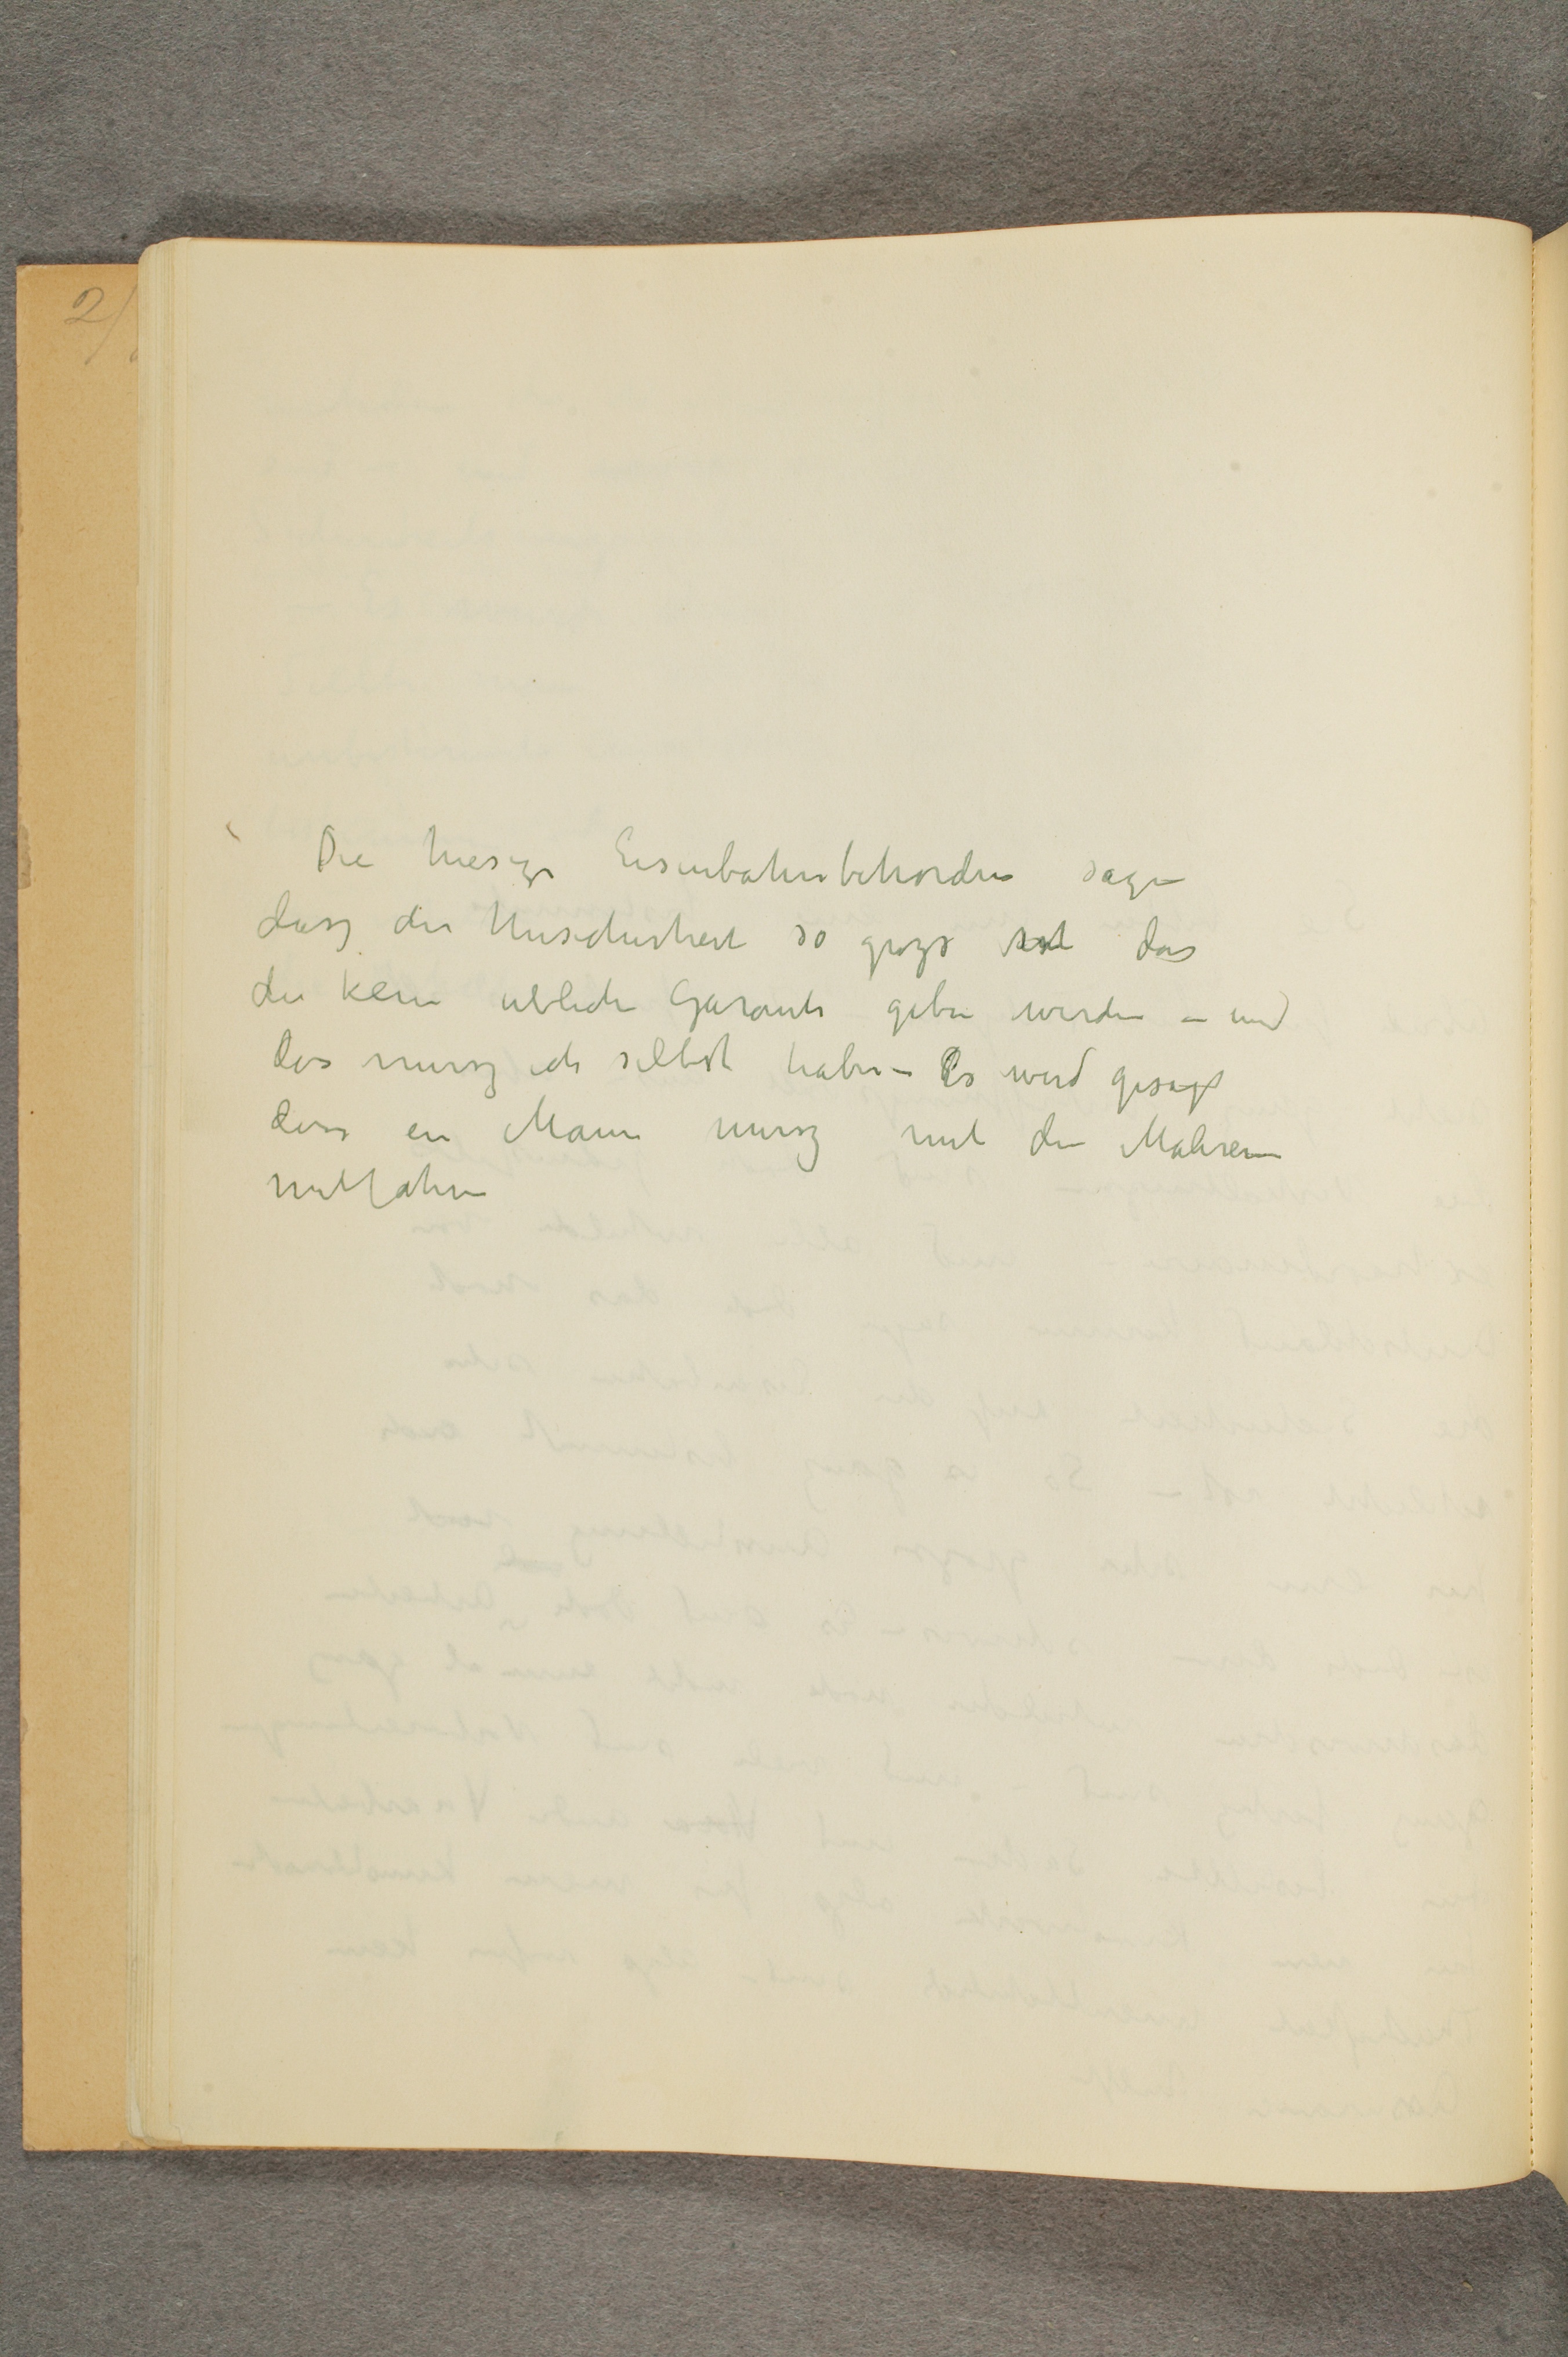
Die hiesige Eisenbahnbehorden sagte
dasz die Unsicherheit so grozs ist das
die kein ublich Garantie geben werden - und
dies musz ich selbst habe - Es wird gesagt
dasz ein Mann musz mit den Malereien
mitfahren